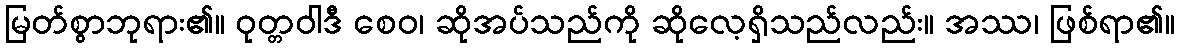
မြတ်စွာဘုရား၏။ ဝုတ္တဝါဒီ စေဝ၊ ဆိုအပ်သည်ကို ဆိုလေ့ရှိသည်လည်း။ အဿ၊ ဖြစ်ရာ၏။